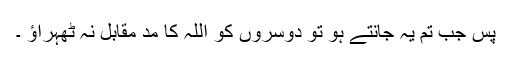
پس جب تم یہ جانتے ہو تو دوسروں کو اللہ کا مد مقابل نہ ٹھہراؤ ۔